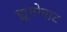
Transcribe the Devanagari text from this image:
ह्यूगोनाट